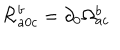
LaTeX: { \cal R } _ { a 0 c } ^ { b } = \partial _ { 0 } \Omega _ { a c } ^ { b }